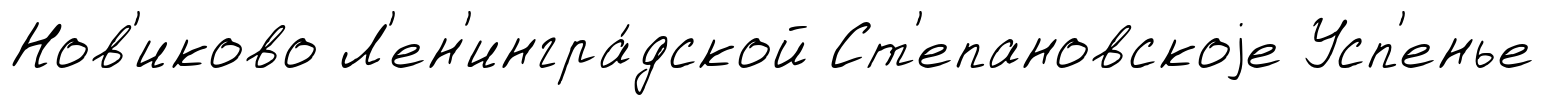
Нов'иково Л'ен'ингра́дской Ст'епановскоjе Усп'енье